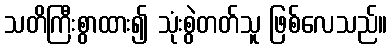
သတိကြီးစွာထား၍ သုံးစွဲတတ်သူ ဖြစ်လေသည်။